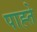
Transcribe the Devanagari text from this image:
पाह्ते